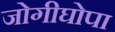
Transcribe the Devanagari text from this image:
जोगीघोपा